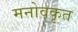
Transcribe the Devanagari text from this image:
मनोवकृत